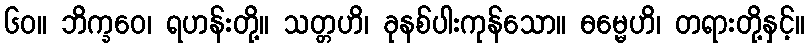
၆၀။ ဘိက္ခဝေ၊ ရဟန်းတို့။ သတ္တဟိ၊ ခုနစ်ပါးကုန်သော။ ဓမ္မေဟိ၊ တရားတို့နှင့်။